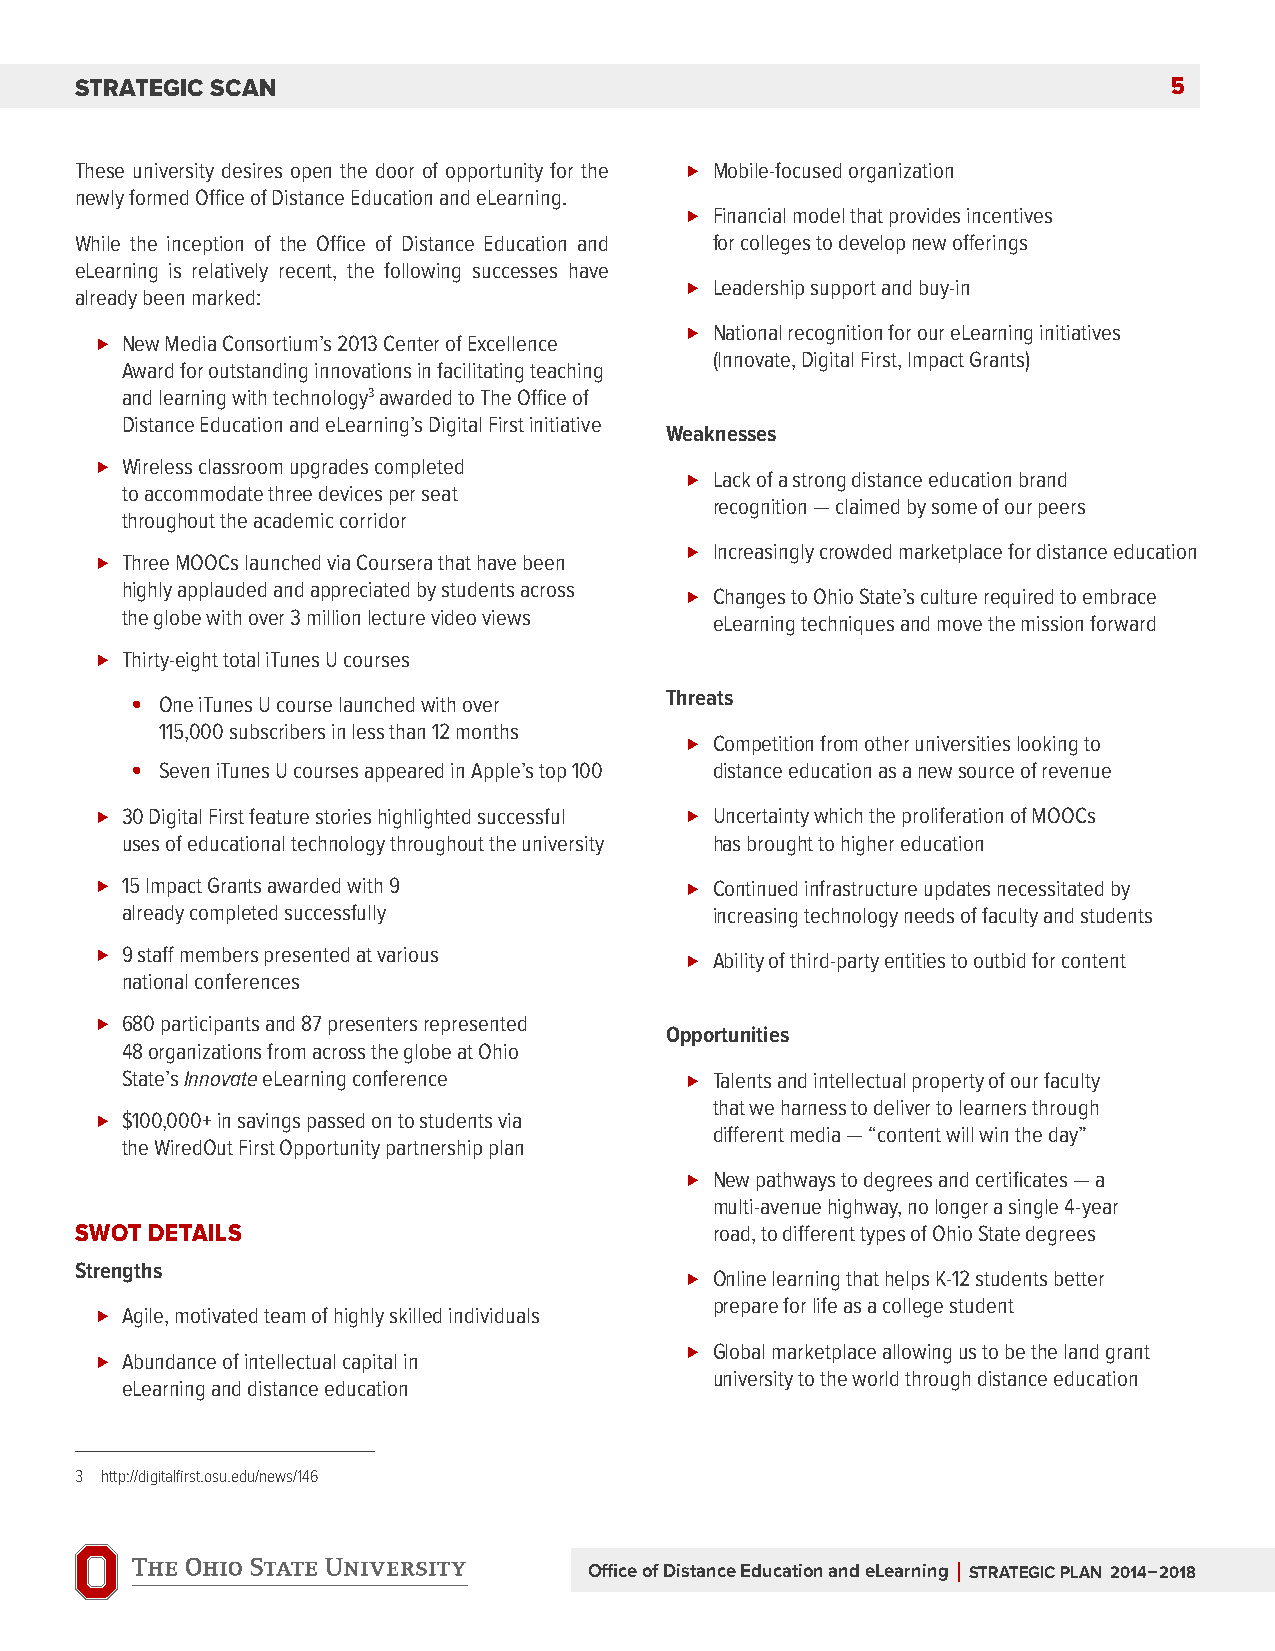
StratEgic Scan                                                           5
 These university desires open the door of opportunity for the Mobile-focused organization
 newly formed Office of Distance Education and eLearning.
 Financial model that provides incentives
 While the inception of the Office of Distance Education and for colleges to develop new offerings
 eLearning is relatively recent, the following successes have
 Leadership support and buy-in
 already been marked:
 National recognition for our eLearning initiatives
 New Media Consortium’s 2013 Center of Excellence
 (Innovate, Digital First, Impact Grants)
 Award for outstanding innovations in facilitating teaching
 and learning with technology3 awarded to The Office of
 Distance Education and eLearning’s Digital First initiative
 weaknesses
 Wireless classroom upgrades completed
 Lack of a strong distance education brand
 to accommodate three devices per seat
 recognition — claimed by some of our peers
 throughout the academic corridor
 Increasingly crowded marketplace for distance education
 Three MOOCs launched via Coursera that have been
 highly applauded and appreciated by students across
 Changes to Ohio State’s culture required to embrace
 the globe with over 3 million lecture video views
 eLearning techniques and move the mission forward
 Thirty-eight total iTunes U courses
 • One iTunes U course launched with over threats
 115,000 subscribers in less than 12 months
 Competition from other universities looking to
 • Seven iTunes U courses appeared in Apple’s top 100 distance education as a new source of revenue
 30 Digital First feature stories highlighted successful Uncertainty which the proliferation of MOOCs
 uses of educational technology throughout the university has brought to higher education
 15 Impact Grants awarded with 9      Continued infrastructure updates necessitated by
 already completed successfully         increasing technology needs of faculty and students
 9 staff members presented at various Ability of third-party entities to outbid for content
 national conferences
 680 participants and 87 presenters represented
 opportunities
 48 organizations from across the globe at Ohio
 State’s Innovate eLearning conference Talents and intellectual property of our faculty
 that we harness to deliver to learners through
 $100,000+ in savings passed on to students via
 different media — “content will win the day”
 the WiredOut First Opportunity partnership plan
 New pathways to degrees and certificates — a
 multi-avenue highway, no longer a single 4-year
 SwOt DEtaiLS                              road, to different types of Ohio State degrees
 strengths
 Online learning that helps K-12 students better
 prepare for life as a college student
 Agile, motivated team of highly skilled individuals
 Global marketplace allowing us to be the land grant
 Abundance of intellectual capital in
 university to the world through distance education
 eLearning and distance education
 3 http://digitalfirst.osu.edu/news/146
 Office of Distance Education and eLearning | StratEgic PLan 2014–2018